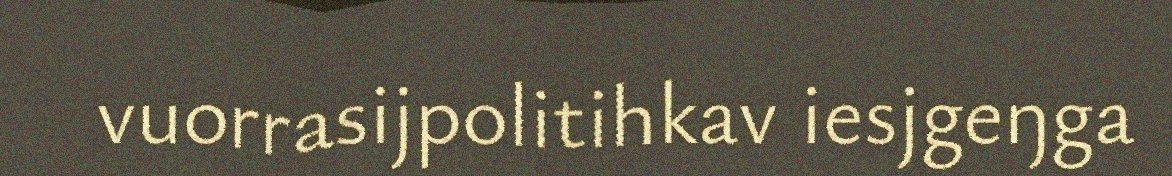
vuorrasijpolitihkav iesjgeŋga